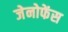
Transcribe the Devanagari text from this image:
जेनोफेंस